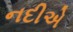
નદીએ